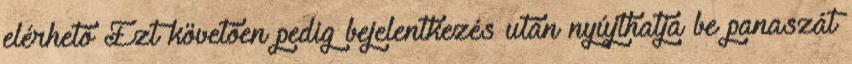
elérhető Ezt követően pedig bejelentkezés után nyújthatja be panaszát